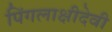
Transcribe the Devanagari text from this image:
पिंगलाक्षीदेवी